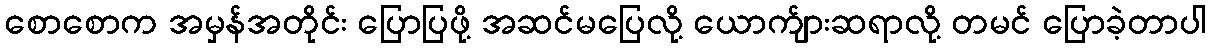
စောစောက အမှန်အတိုင်း ပြောပြဖို့ အဆင်မပြေလို့ ယောက်ျားဆရာလို့ တမင် ပြောခဲ့တာပါ